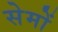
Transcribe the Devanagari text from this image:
सेमों